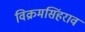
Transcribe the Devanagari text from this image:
विक्रमसिंहराव